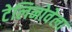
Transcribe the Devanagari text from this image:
टेलिनोवेला